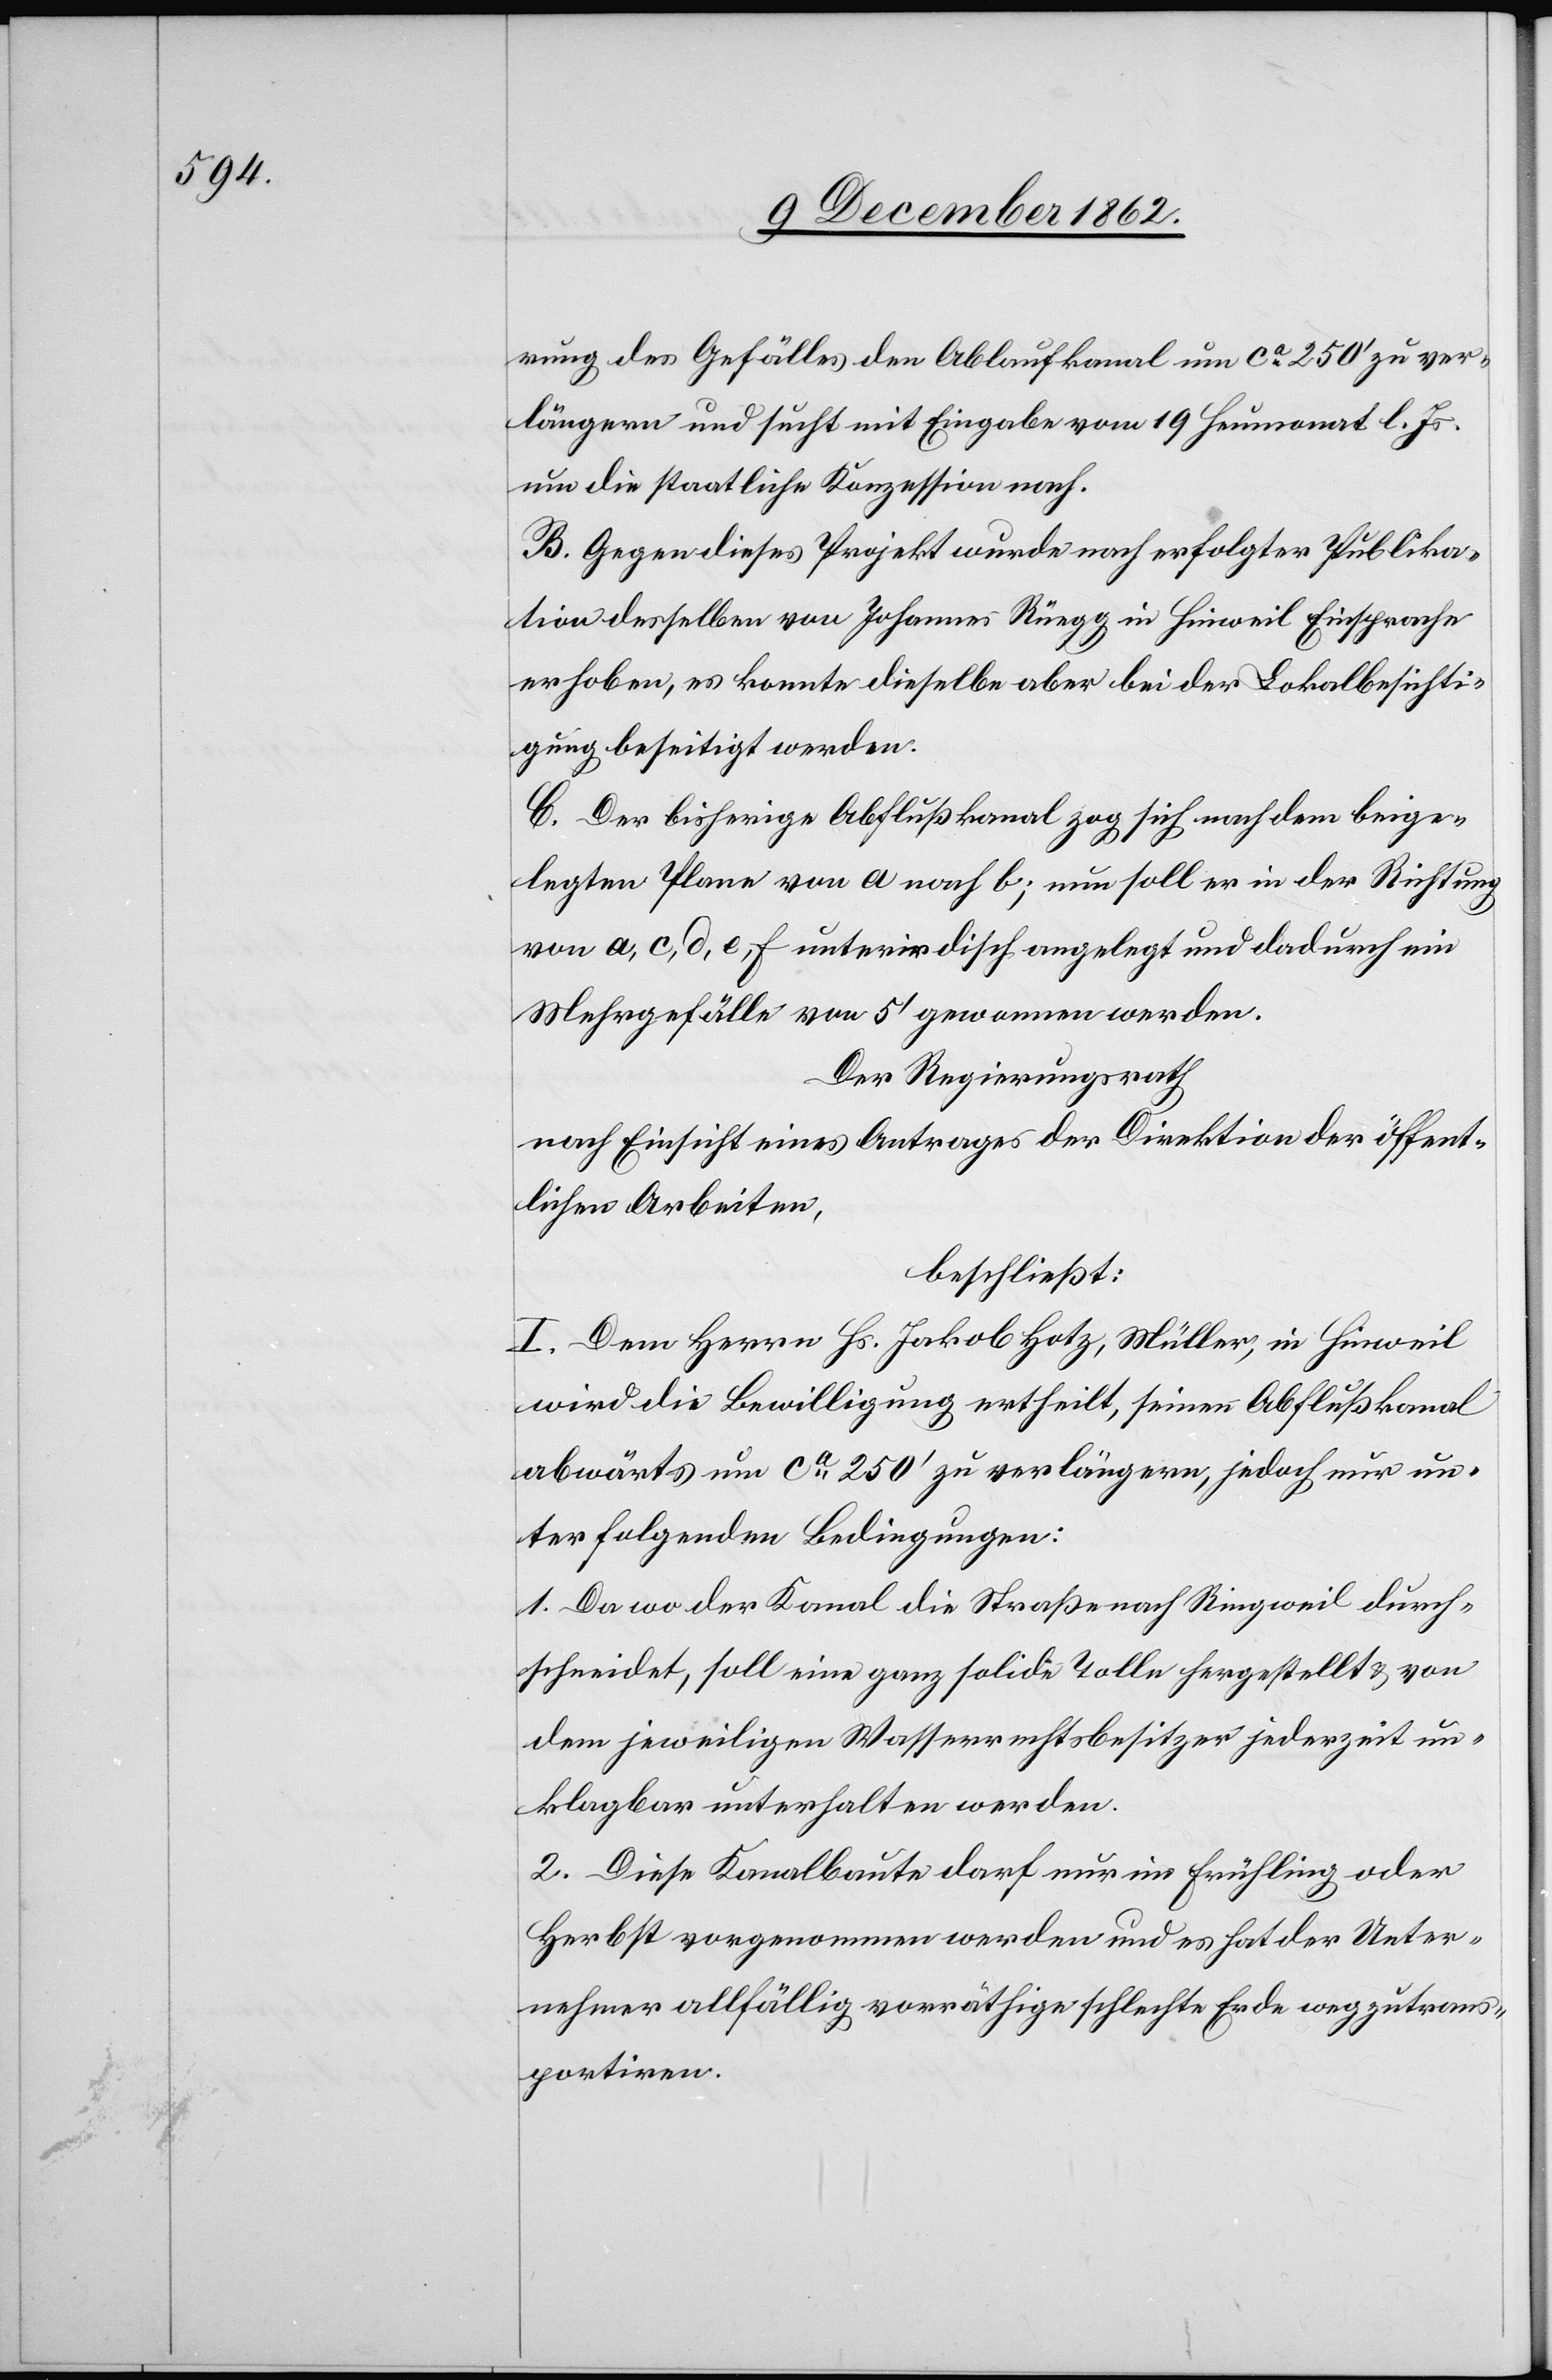
rung des Gefälles den Ablaufkanal um ca 250’ zu ver¬
längern und sucht mit Eingabe vom 19. Heumonat l. Js.
um die staatliche Konzession nach.
B. Gegen dieses Projekt wurde nach erfolgter Publika¬
tion desselben von Johannes Rüegg in Hinweil Einsprache
erhoben, es konnte dieselbe aber bei der Lokalbesichti¬
gung beseitigt werden.
C. Der bisherige Abflußkanal zog sich nach dem beige¬
legten Plane von a nach b; nun soll er in der Richtung
von a, c, d, e, f unterirdisch angelegt und dadurch ein
Mehrgefälle von 5’ gewonnen werden.
Der Regierungsrath
nach Einsicht eines Antrages der Direktion der öffent¬
lichen Arbeiten
beschließt:
I. Dem Herrn Hs. Jakob Hotz, Müller, in Hinweil
wird die Bewilligung ertheilt, seinen Abflußkanal
abwärts um ca 250’ zu verlängern, jedoch nur un¬
ter folgenden Bedingungen:
1. Da wo der Kanal die Straße nach Ringweil durch¬
schneidet, soll eine ganz solide Tolle hergestellt u. von
dem jeweiligen Wasserrechtsbesitzer jederzeit un¬
klagbar unterhalten werden.
2. Diese Kanalbaute darf nur im Frühling oder
Herbst vorgenommen werden und es hat der Unter¬
nehmer allfällig vorräthige schlechte Erde wegzutrans¬
portiren.